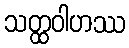
သတ္ထဝါဟဿ